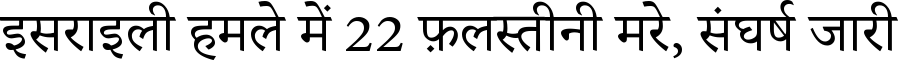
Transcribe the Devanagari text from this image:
इसराइली हमले में 22 फ़लस्तीनी मरे, संघर्ष जारी